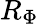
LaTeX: R_{\Phi}